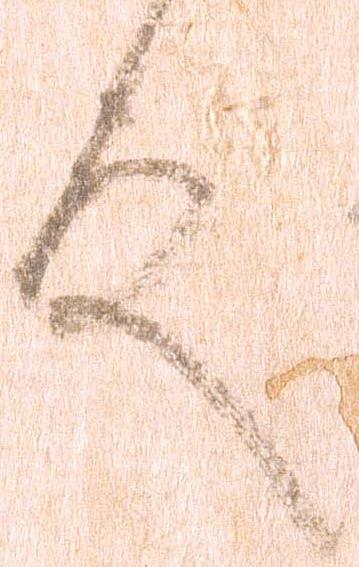
殿